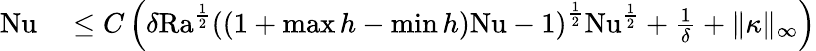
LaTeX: \begin{array}{rl}{\mathrm{{Nu}}}&{{}\leq C\left(\delta\mathrm{{Ra}}^{\frac{1}{2}}\left((1+\operatorname*{max}h-\operatorname*{min}h)\mathrm{{Nu}}-1\right)^{\frac{1}{2}}\mathrm{{Nu}}^{\frac{1}{2}}+\frac{1}{\delta}+\| \kappa\| _{\infty}\right)}\end{array}